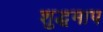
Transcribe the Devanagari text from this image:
शुद्धमाप